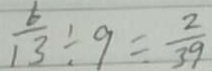
\frac { 6 } { 1 3 } \div 9 = \frac { 2 } { 3 9 }